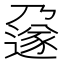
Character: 𬩄